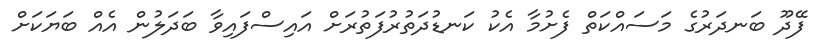
ފޭދޫ ބަނދަރުގެ މަސައްކަތް ފެށުމާ އެކު ކަނޑުދަތުރުފަތުރަށް އައިސްފައިވާ ބަދަލުން އެއް ބަޔަކަށް